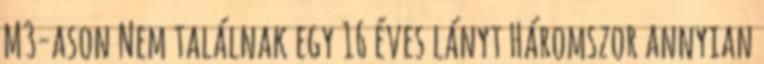
M3-ason Nem találnak egy 16 éves lányt Háromszor annyian